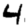
Digit: 4